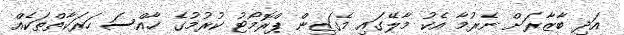
އަދި ބާޒާރަށް ނެރުމާ އެކު މާލޭގައި މެގަޒިން ޕްރޮމޯޓު ކުރުމުގެ ޚާއްސަ ހަރަކާތްތަކެއް